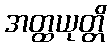
အတ္ထယုတ္တိ